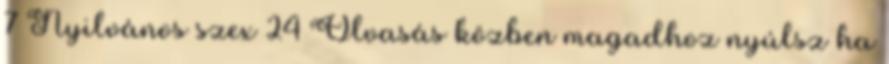
7 Nyilvános szex 24 Olvasás közben magadhoz nyúlsz ha